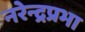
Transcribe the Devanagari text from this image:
नरेन्द्रप्रभा